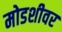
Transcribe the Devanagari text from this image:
मोडशीवर